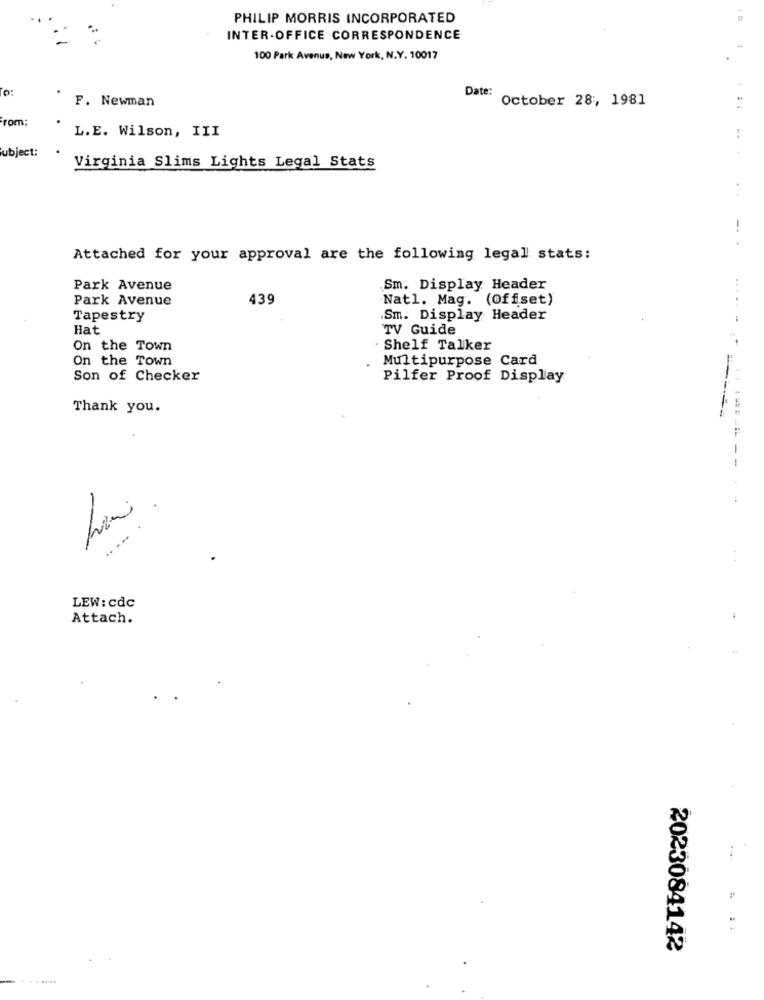
PHILIP MORRIS INCORPORATED
INTER-OFFICE CORRESPONDENCE
100 Park Avenue, New York, N.Y. 10017
F. Newman
Date:
October 28, 1981
From:
L.E. Wilson, III
Subject:
Virginia Slims Lights Legal Stats
-. .
Attached for your approval are the following legal stats:
Park Avenue
Sm. Display Header
Park Avenue
439
Natl. Mag. (Offset)
......
Tapestry
Sm. Display Header
Hat
TV Guide
On the Town
· Shelf Talker
On the Town
Multipurpose Card
Son of Checker
Pilfer Proof Display
Thank you.
-
-
LEW: cdc
Attach.
2023084142
..........